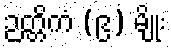
ဉတ္တိကံ (၉) မျိုး